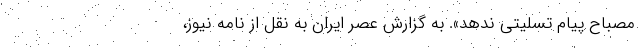
مصباح پیام تسلیتی ندهد». به گزارش عصر ایران به نقل از نامه نیوز،